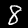
Label: 8